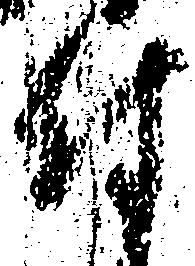
付